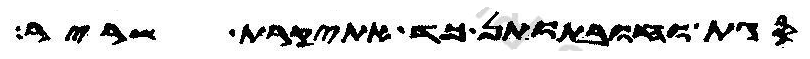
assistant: סגת וחובתותן כד אתיקרת שריר